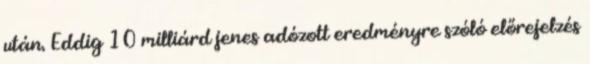
után. Eddig 10 milliárd jenes adózott eredményre szóló előrejelzés